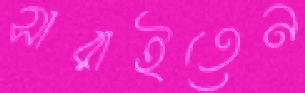
সারাইতেন